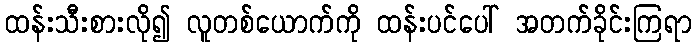
ထန်းသီးစားလို၍ လူတစ်ယောက်ကို ထန်းပင်ပေါ် အတက်ခိုင်းကြရာ